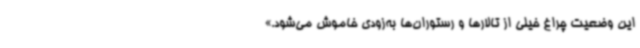
این وضعیت چراغ خیلی از تالارها و رستوران‌ها به‌زودی خاموش می‌شود.»